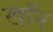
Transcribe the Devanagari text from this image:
खाॅन